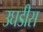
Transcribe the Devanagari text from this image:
उघडीस